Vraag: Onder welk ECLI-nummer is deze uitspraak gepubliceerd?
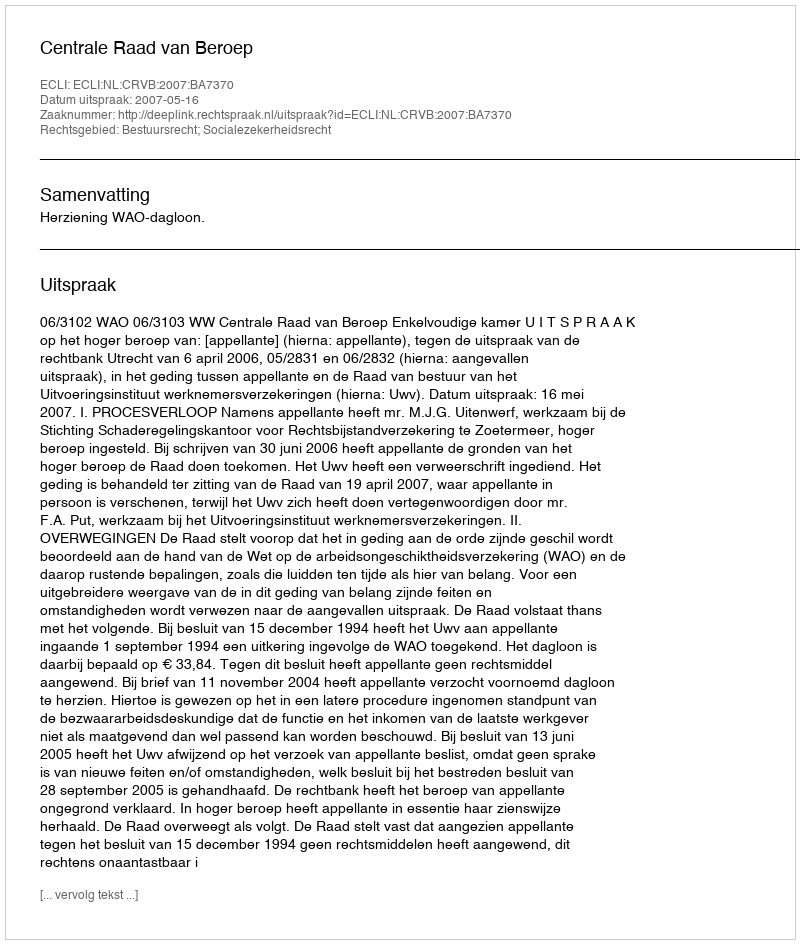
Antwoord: ECLI:NL:CRVB:2007:BA7370